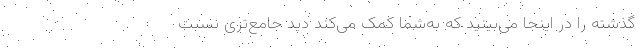
گذشته را در اینجا می‌بینید که به‌شما کمک می‌کند دید جامع‌تری نسبت